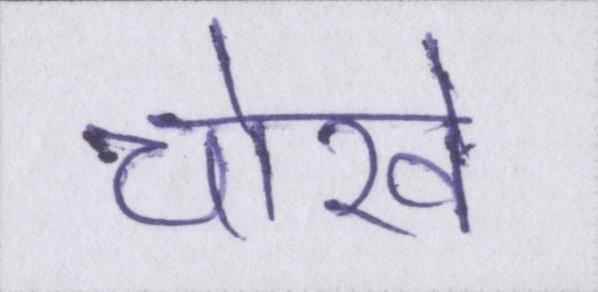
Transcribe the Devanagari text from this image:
चोखे